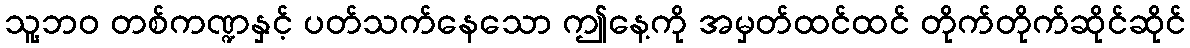
သူ့ဘဝ တစ်ကဏ္ဍနှင့် ပတ်သက်နေသော ဤနေ့ကို အမှတ်ထင်ထင် တိုက်တိုက်ဆိုင်ဆိုင်